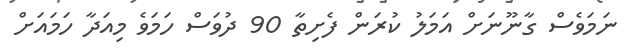
ނަމަވެސް ގާނޫނަށް އަމަލު ކުރަން ފެށިތާ 90 ދުވަސް ހަމަވެ މިއަދާ ހަމައަށް